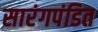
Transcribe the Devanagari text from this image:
सारंगपंडित